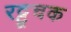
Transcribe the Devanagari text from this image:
रट्टूचक